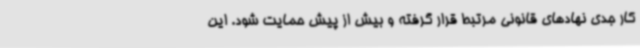
کار جدی نهادهای قانونی مرتبط قرار گرفته و بیش از پیش حمایت شود. این